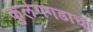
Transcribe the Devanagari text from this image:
कुलंगगडाचा